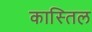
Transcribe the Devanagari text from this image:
कास्तिल